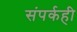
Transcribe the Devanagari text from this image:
संपर्कही